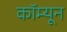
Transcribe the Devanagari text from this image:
कॉम्यून